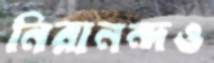
নিরানন্দও